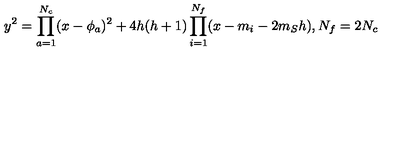
y ^ { 2 } = \prod _ { a = 1 } ^ { N _ { c } } ( x - \phi _ { a } ) ^ { 2 } + 4 h ( h + 1 ) \prod _ { i = 1 } ^ { N _ { f } } ( x - m _ { i } - 2 m _ { S } h ) , N _ { f } = 2 N _ { c }